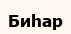
Биһар